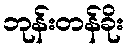
ဘုန်းတန်ခိုး